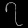
Digit: ၇